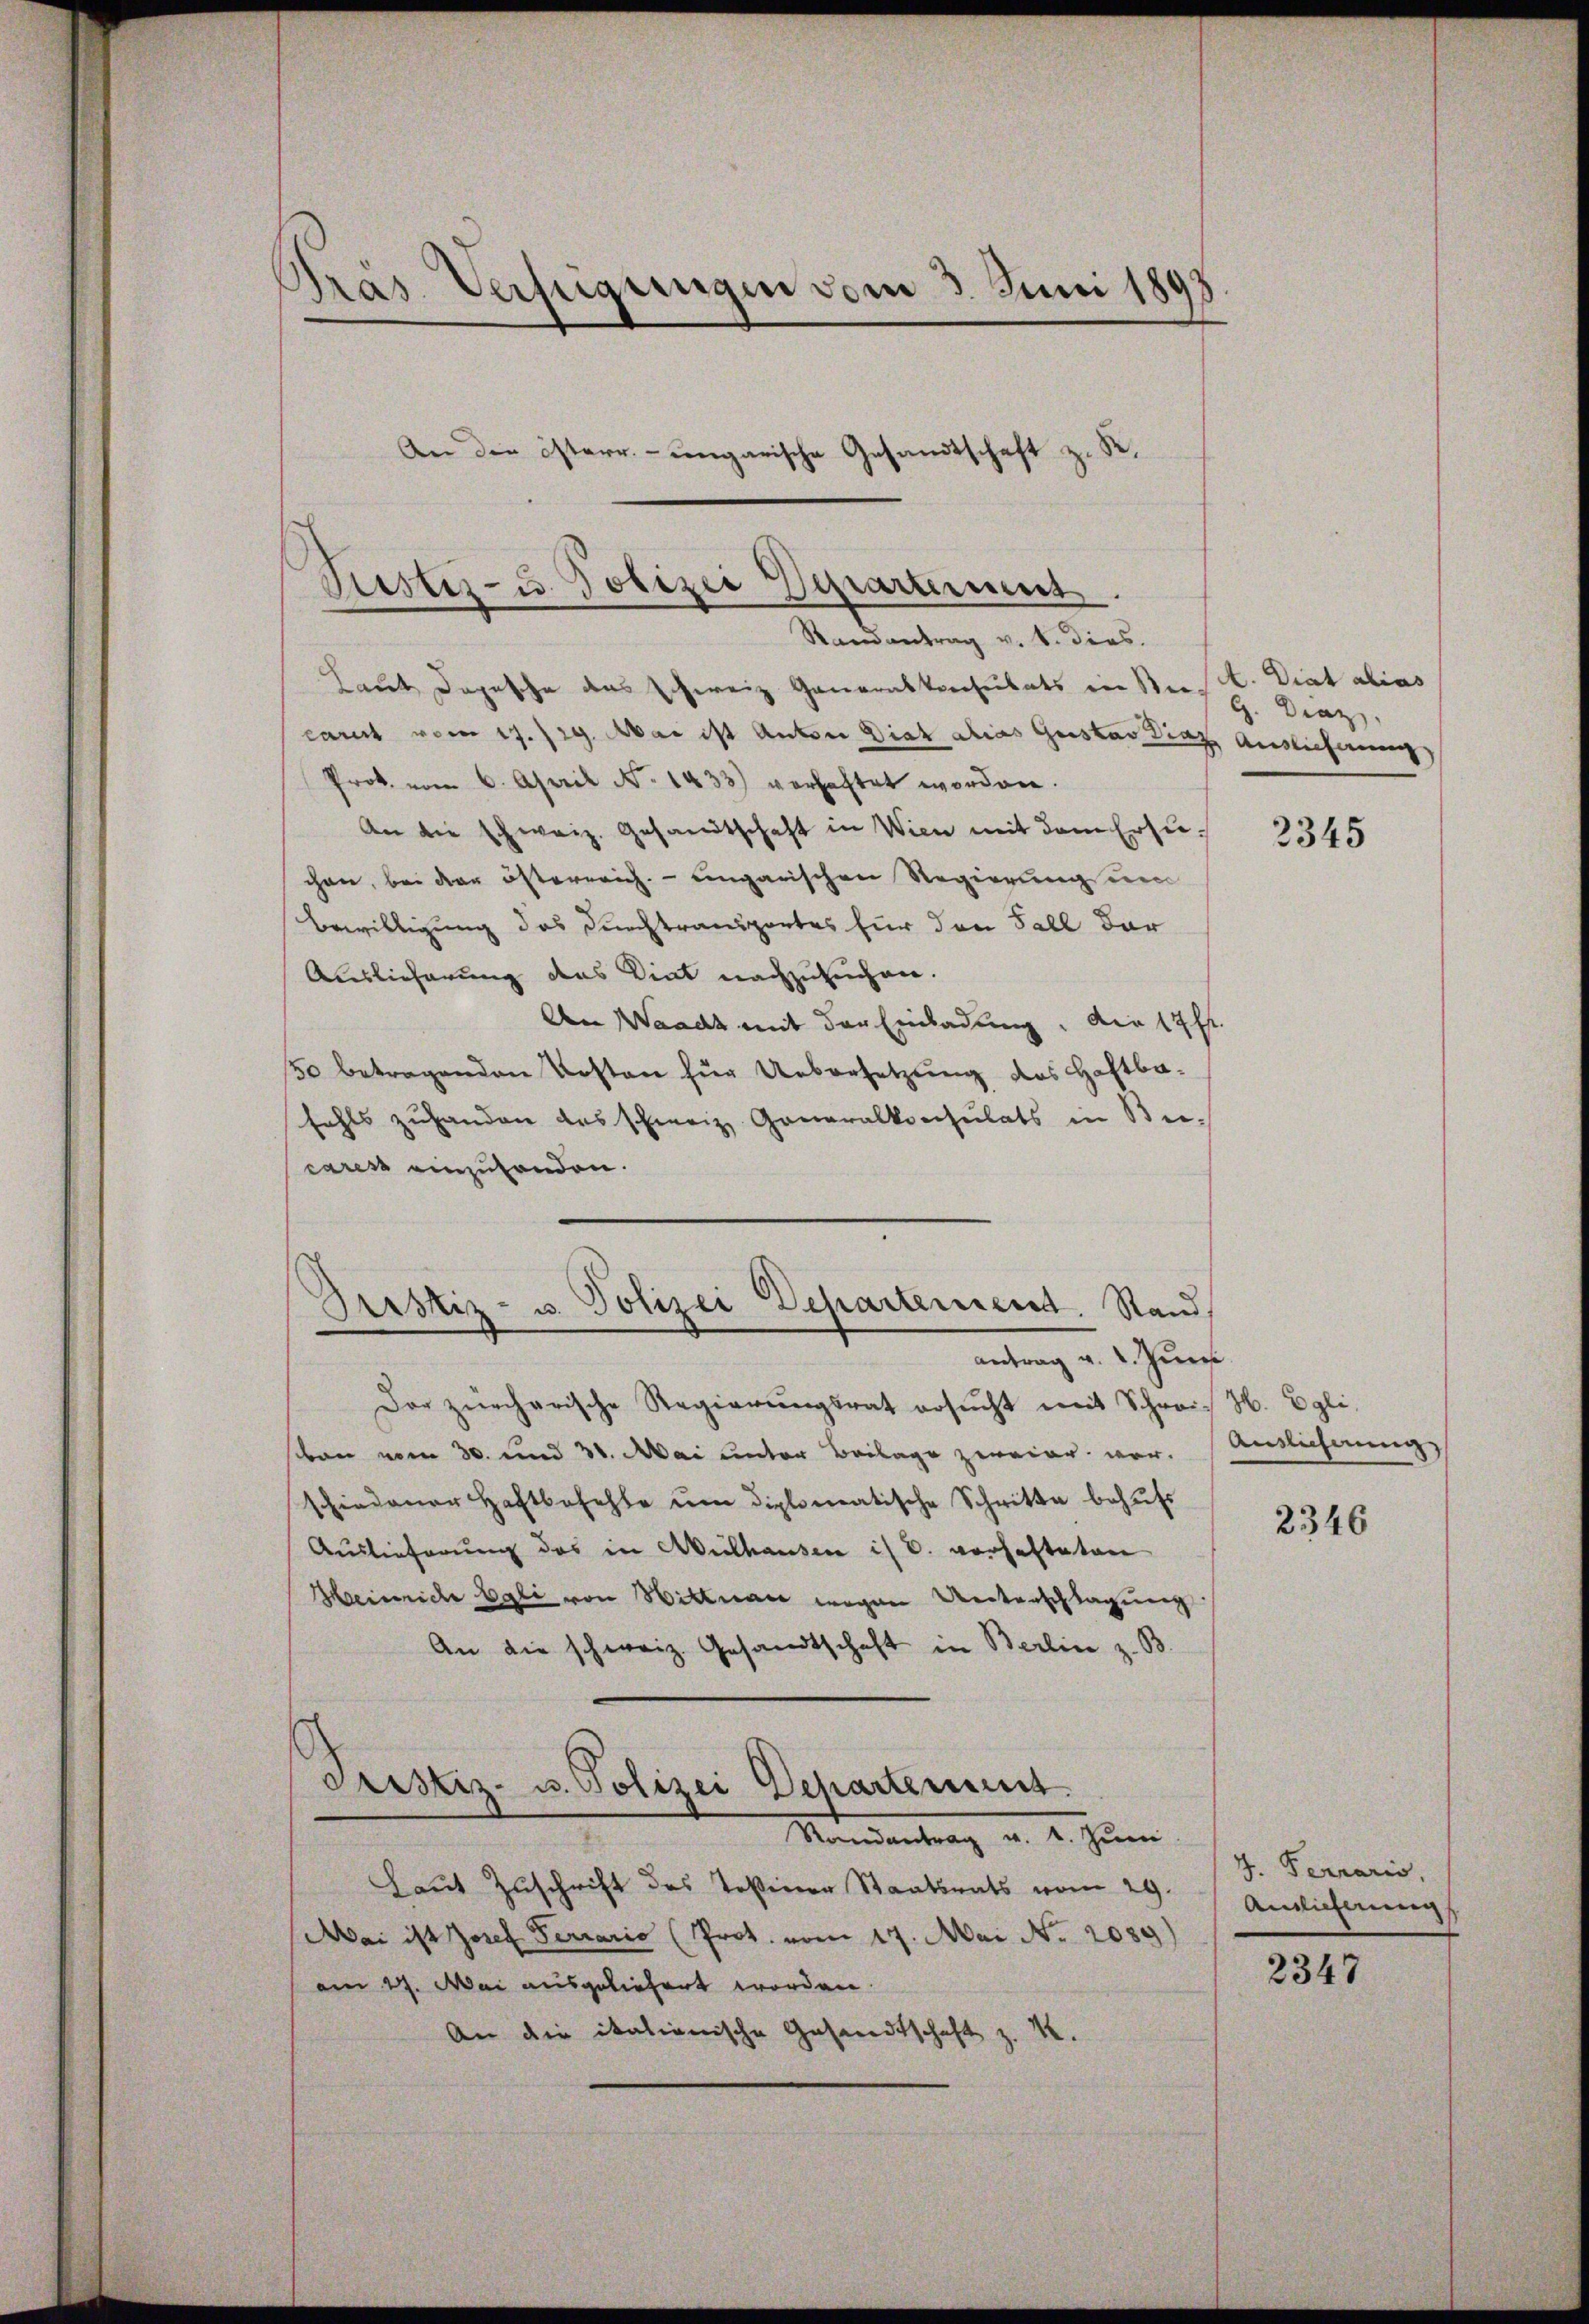
Präs. Verfügungen vom 3. Juni 1893
An die österr.-ungarische Gesandtschaft z. B.

Justiz- u. Polizei Departement.
Randantrag v. 6. dies.

Laut Depesche das Schweiz Generalkonsulats ein Seest. Diat alias
carest vom 17. 729. Mai ist Anton Diat alias Gustav Diaz Auslieferung
Prok. vom 6. April No 1433) verhaftet worden.
An die schweiz. Gesandtschaft in Wien mit dem Ersuchen, bei der österreich. - eingarischen Regierung um
Bewilligung das Durchtransportes für den Fall dar
Auslieferung des Vint nachzusuchen.
An Waadt mit der Einladung. Die 17 ff.
50 betragenden Kosten für Uebersetzung des Haftba
fahls zuhanden das schweiz. Generalkonsulats in Becares einzuhanden.
Pristiz- u. Polizei Departement. Stand,
antrag v. 2. Jun
Der zürcherische Regierŭngsrat ersŭcht mit Schrei H. Egli,
scron vom 30. und 30. Mai unter Beilage zweier war.
schiedener Haftbefehle ŭm diplomatische Schritte behŭfs
Auslieferung des in Mülhausen ist u. verhafteten
Heinriche Egli von Hittnace wegen Unterschlagung
An die schweiz. Gesandtschaft in Berlin z. B
Pristiz- u. Polizei Departement.

Laut Zuschrift des Teßiner Staatsrats vom 29.
Mai ist Josef Ferrario (Prot. vom 17. Mai No 2089)
am 17. Mai ausgeliefert worden.
An die italienische Gesandtschaft z. B.

Mandantrag v. 2. Juni

G. Draz,

3345

Anslichnung,

2346

J. Ferraris,
Anglicherung

2347